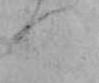
つ